Medical and sanitary report of the native army of Bengal for the year
Year: 1875
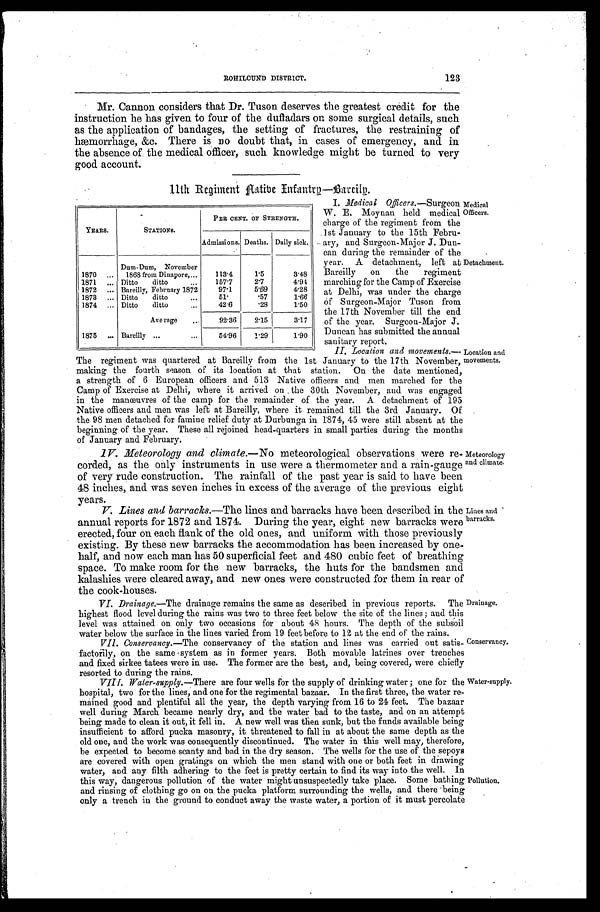
123
ROHILOUND DISTRICT.
Mr. Cannon considers that Dr. Tuson deserves the greatest credit for the
instruction he has given to four of the dufladars on some surgical details, such
as the application of bandages, the setting of fractures, the restraining of
hæmorrhage, &c. There is no doubt that, in cases of emergency, and in
the absence of the medical officer, such knowledge might be turned to very
good account.
11th Regiment Native Infantry—Bareily.
YEARS.
STATIONS.
PER CENT. OF STRENGTH.
Admissions. Deaths. Daily sick.
1870 . . .
Dum-Dum, November
1868 from Dinapore, . . .
113.4
1.5
3.48
1871 . . . Ditto
ditto . . .
157.7
2.7
4.94
1872 . . . Bareilly, February 1872
97.1
5.69
4.28
1873 . . . Ditto
d i t t o . . .
51.
. 5 7
1.66
1874 . . . Ditto ditto . . .
42.6
. 2 8
1.50
Average . . .
92.36
2.15
3.17
1875 . . . Bareilly
. . .
54.96
1.29
1.90
I. Medical Officers.—Surgeon
W. E. Moynan held medical
charge of the regiment from the
1st January to the 15th Febru-
ary, and Surgeon-Major J. Dun--
can during the remainder of the
year. A detachment, left at
Bareilly on the regiment
marching for the Camp of Exercise
at Delhi, was under the charge
of Surgeon-Major Tuson from
the 17th November till the end
of the year. Surgeon-Major J.
Duncan has submitted the annual
sanitary report.
Medical
Officers.
Detachment.
The regiment was quartered at Bareilly from the 1st January to the 17th November,
making the fourth season of its location at that station. On the date mentioned,
a strength of 6 European officers and 513 Native officers and men marched for the
Camp of Exercise at Delhi, where it arrived on the 30th November, and was engaged
in the manœuvres of the camp for the remainder of the year. A detachment of 195
Native officers and men was left at Bareilly, where it remained till the 3rd January. Of
the 98 men detached for famine relief duty at Durbunga in 1874, 45 were still absent at the
beginning of the year. These all rejoined head-quarters in small parties during the month
o f J a n u a r y a n d F e b r u a r y .
IV. Meteorology and climate.— No meteorological observations were re
-corded, as the only instruments in use were a thermometer and a rain-gauge
of very rude construction. The rainfall of the past year is said to have been
48 inches, and was seven inches in excess of the average of the previous eight
y e a r s .
Location and
movements.
Meteorology
and climate.
V. Lines and barracks.—The lines and barracks have been described in the
annual reports for 1872 and 1874. During the year, eight new barracks were
erected, four on each flank of the old ones, and uniform with those previously
existing. By these new barracks the accommodation has been increased by one
-half, and now each man has 50 superficial feet and 480 cubic feet of breathing
space. To make room for the new barracks, the huts for the bandsmen and
kalashies were cleared away, and new ones were constructed for them in rear of
the cook-houses.
VI. Drainage.—The drainage remains the same as described in previous reports. The
highest flood level during the rains was two to three feet below the site of the lines; and this
level was attained on only two occasions for about 48 hours. The depth of the subsoil
water below the surface in the lines varied from 19 feet before to 12 at the end of the rains.
VII. Conservancy.—The conservancy of the station and lines was carried out satis
- f a c t o r i l y , o n t h e s a m e s y s t e m a s i n f o r m e r y e a r s . B o t h m o v a b l e l a t r i n e s o v e r t r e n c h e s
and fixed sirkee tatees were in use. The former are the best, and, being covered, were chief
ly resorted to during the rains.
VIII. Water-supply.— There are four wells for the supply of drinking water; one for the
hospital, two for the lines, and one for the regimental bazaar. In the first three, the water re
- m a i n e d g o o d a n d p l e n t i f u l a l l t h e y e a r , t h e d e p t h v a r y i n g f r o m 1 6 t o 2 4 f e e t . T h e b a z a a r
well during March became nearly dry, and the water bad to the taste, and on an attempt
being made to clean it out, it fell in. A new well was then sunk, but the funds available being
insufficient to afford pucka masonry, it threatened to fall in at about the same depth as the
old one, and the work was consequently discontinued. The water in this well may, therefore,
be expected to become scanty and bad in the dry season. The wells for the use of the sepoys
are covered with open gratings on which the men stand with one or both feet in drawing
water, and any filth adhering to the feet is pretty certain to find its way into the well. In
this way, dangerous pollution of the water might unsuspectedly take place. Some bathing
and rinsing of clothing go on on the pucka platform surrounding the wells, and there being
only a trench in the ground to conduct away the waste water, a portion of it must percolate
Lines and
barracks.
Drainage
Conservancy.
Water-supply.
Pollution.